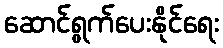
ဆောင်ရွက်ပေးနိုင်ရေး